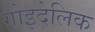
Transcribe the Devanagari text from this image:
गोइदेलिक